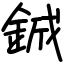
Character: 鋮